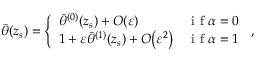
\begin{array} { r } { \bar { \theta } ( z _ { s } ) = \left\{ \begin{array} { l l } { \bar { \theta } ^ { ( 0 ) } ( z _ { s } ) + { O } \! \left( { \varepsilon } \right) } & { \mathrm { ~ i ~ f ~ } \alpha = 0 } \\ { 1 + { \varepsilon } \bar { \theta } ^ { ( 1 ) } ( z _ { s } ) + { O } \! \left( { \varepsilon } ^ { 2 } \right) } & { \mathrm { ~ i ~ f ~ } \alpha = 1 } \end{array} \right. \, , } \end{array}